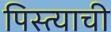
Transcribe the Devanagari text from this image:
पिस्त्याची